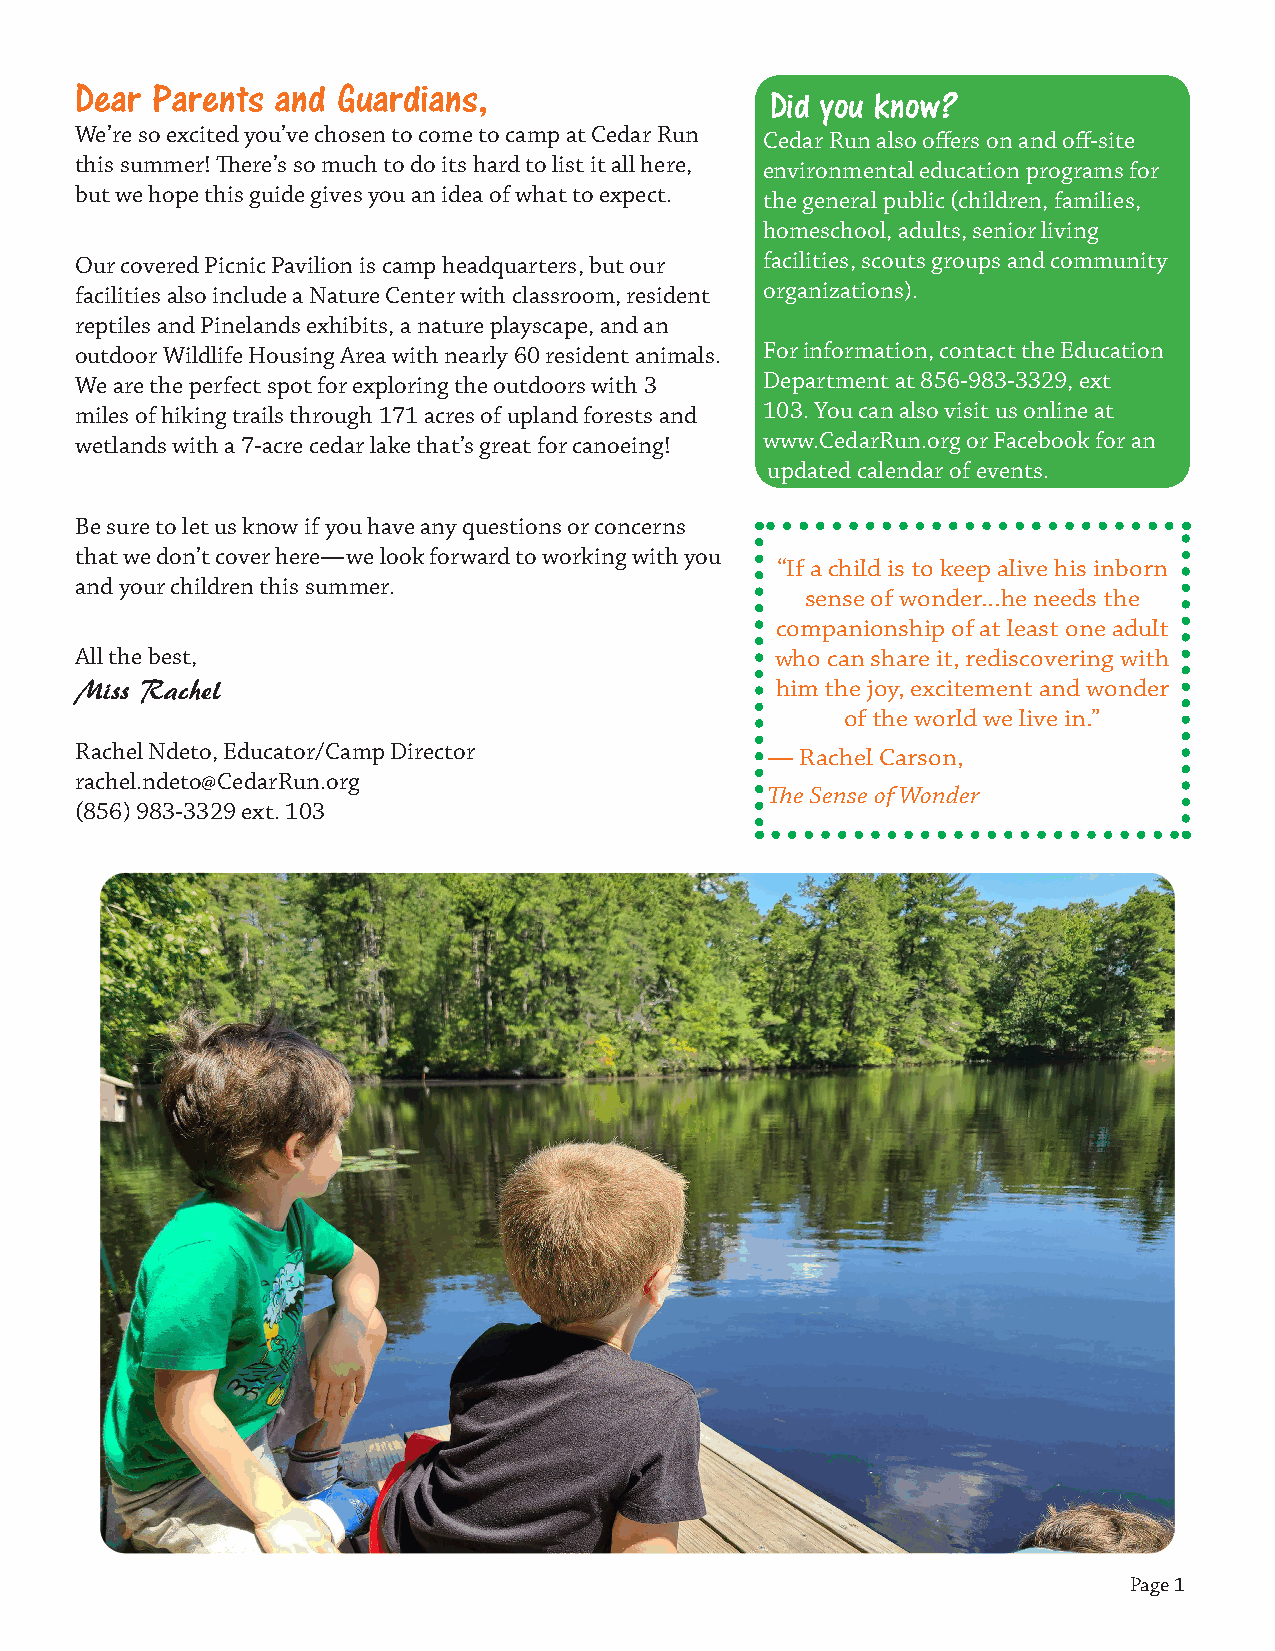
Dear Parents and Guardians,
 Did you know?
 We’re so excited you’ve chosen to come to camp at Cedar Run Cedar Run also offers on and off-site
 this summer! There’s so much to do its hard to list it all here, environmental education programs for
 but we hope this guide gives you an idea of what to expect. the general public (children, families,
 homeschool, adults, senior living
 Our covered Picnic Pavilion is camp headquarters, but our facilities, scouts groups and community
 facilities also include a Nature Center with classroom, resident organizations).
 reptiles and Pinelands exhibits, a nature playscape, and an
 outdoor Wildlife Housing Area with nearly 60 resident animals. For information, contact the Education
 We are the perfect spot for exploring the outdoors with 3 Department at 856-983-3329, ext
 miles of hiking trails through 171 acres of upland forests and 103. You can also visit us online at
 wetlands with a 7-acre cedar lake that’s great for canoeing! www.CedarRun.org or Facebook for an
 updated calendar of events.
 Be sure to let us know if you have any questions or concerns
 that we don’t cover here—we look forward to working with you
 “If a child is to keep alive his inborn
 and your children this summer.
 sense of wonder...he needs the
 companionship of at least one adult
 All the best,                                 who can share it, rediscovering with
 Miss Rachel                                   him the joy, excitement and wonder
 of the world we live in.”
 Rachel Ndeto, Educator/Camp Director          — Rachel Carson,
 rachel.ndeto@CedarRun.org
 The Sense of Wonder
 (856) 983-3329 ext. 103
 Page 1